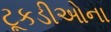
ટૂકડીઓના